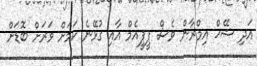
އަދި ޝޭޚް އިމްރާން ވެސް ޕީޕީއެމް އާއި ގުޅޭނެ ކަމަށް ވަރަށް ބޮޑަށް